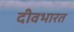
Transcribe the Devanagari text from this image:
दीवभारत